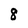
Character: 8